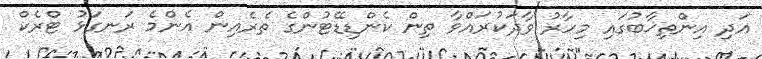
އަދި އިންތިޚާބުގައި މިހާރު ވާދަކުރައްވާ ތިން ކެންޑިޑޭޓުންގެ ތެރެއިން އެންމެ ރަނގަޅު ޓްރެކް